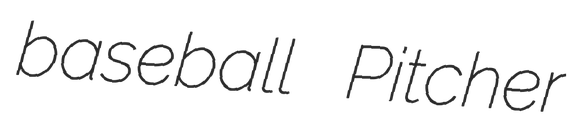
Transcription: baseball Pitcher